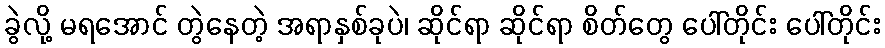
ခွဲလို့ မရအောင် တွဲနေတဲ့ အရာနှစ်ခုပဲ၊ ဆိုင်ရာ ဆိုင်ရာ စိတ်တွေ ပေါ်တိုင်း ပေါ်တိုင်း